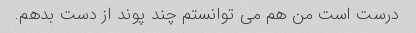
درست است من هم می توانستم چند پوند از دست بدهم.